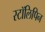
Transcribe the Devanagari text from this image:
स्टॉलिपिन